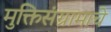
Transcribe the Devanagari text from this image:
मुक्तिसंग्रामाचे